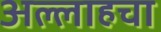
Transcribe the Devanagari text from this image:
अल्लाहचा